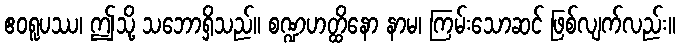
ဧဝရူပဿ၊ ဤသို့ သဘောရှိသည်။ စဏ္ဍဟတ္ထိနော နာမ၊ ကြမ်းသောဆင် ဖြစ်လျက်လည်း။